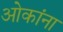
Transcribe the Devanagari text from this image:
ओकांना